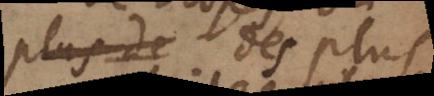
plus de des plus